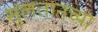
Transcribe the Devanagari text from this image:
सुलतानच्या